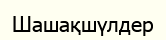
Шашақшүлдер